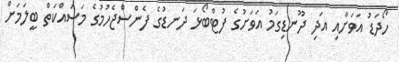
ހޯދަޑު އަވަށާއި އަދި ދޫނޑިގަމު އަވަށުގެ ފުޓްބޯޅަ ދަނޑުގެ ފެންސްޖެހުމުގެ މަސައްކަތް ބީލަމަށް